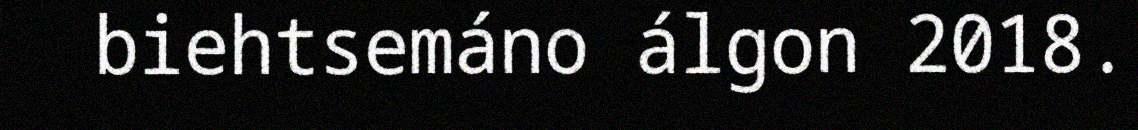
biehtsemáno álgon 2018.